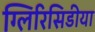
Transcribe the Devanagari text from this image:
ग्लिरिसिडीया